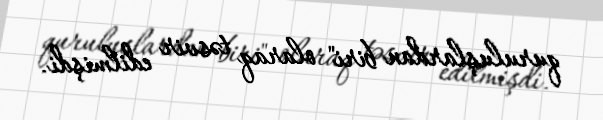
quruluşlardan biri" olaraq təsvir edilmişdi.